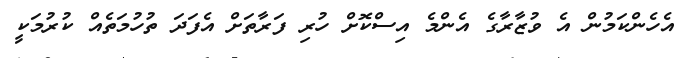
އެހެންކަމުން އެ ވުޒާރާގެ އެންމެ އިސްކޮށް ހުރި ފަރާތަށް އެފަދަ ތުހުމަތެއް ކުރުމަކީ